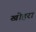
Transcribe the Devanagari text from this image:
खोहरा